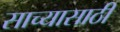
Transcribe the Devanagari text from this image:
साच्यासाठी